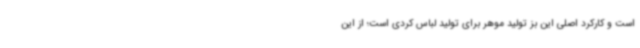
است و کارکرد اصلی این بز تولید موهر برای تولید لباس کردی است؛ از این